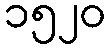
၁၅၂၀